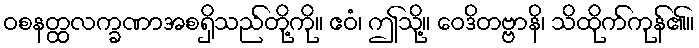
ဝစနတ္ထလက္ခဏာအစရှိသည်တို့ကို။ ဧဝံ၊ ဤသို့။ ဝေဒိတဗ္ဗာနိ၊ သိထိုက်ကုန်၏။